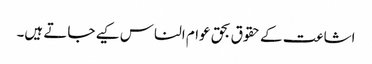
اشاعت کے حقوق بحق عوام الناس کیے جاتے ہیں۔